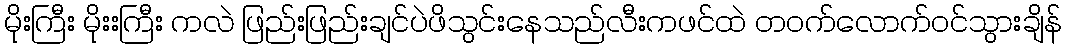
မိုးကြီး မိုးးကြီး ကလဲ ဖြည်းဖြည်းချင်ပဲဖိသွင်းနေသည်လီးကဖင်ထဲ တဝက်လောက်ဝင်သွားချိန်